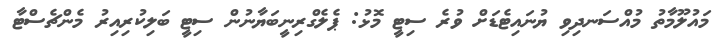
މައުލޫމާތު މުއްސަނދިވި ޔުނައިޓެޑަށް ވުރެ ސިޓީ މޮޅު: ޕެލެގްރިނީބަޔާނުން ސިޓީ ބަލިކުރިއިރު މެންޗެސްޓާ